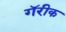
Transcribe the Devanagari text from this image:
गॅरीक